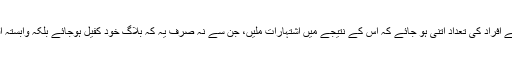
اہم ہدف یہ تھا کہ کرک نامہ پر روزانہ آنے والے افراد کی تعداد اتنی ہو جائے کہ اس کے نتیجے میں اشتہارات ملیں، جن سے نہ صرف یہ کہ بلاگ خود کفیل ہوجائے بلکہ وابستہ افراد کے لیے بھی ایک کارآمد منصوبہ ثابت ہو۔